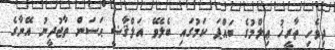
ދިވެހި ތާރީޚު ޢިލްމުގެ ބައްޕަ ކަމުގައި ބެލެވޭ އަލްޤާޟީ ޙަސަން ތާޖުދީނު އޭނާގެ